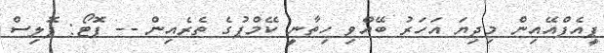
ޕީއެފްއޭއިން މިދިޔަ އަހަރު ބޭއްވި ހިތާނީ ކޭމްޕުގެ ތެރެއިން -- ފޮޓޯ: ޕޮލިސް